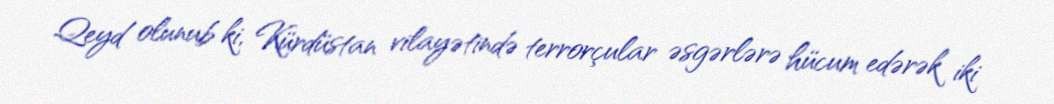
Qeyd olunub ki, Kürdüstan vilayətində terrorçular əsgərlərə hücum edərək iki